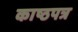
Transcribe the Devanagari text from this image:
काष्ठपत्र